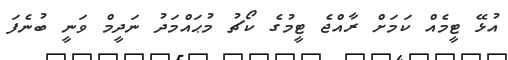
އުޅޭ ޓީމެއް ކަމަށް ރާއްޖެ ޓީމުގެ ކޯޗު މުޙައްމަދު ނަދީމް ވަނީ ބުނެފަ